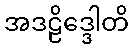
အဒဠိဒ္ဒေါတိ